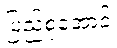
ပြည့်စုံအောင်